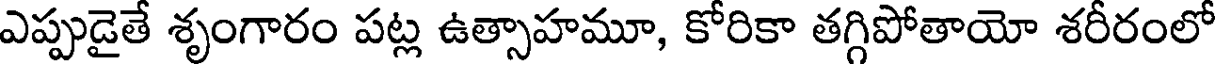
ఎప్పుడైతే శృంగారం పట్ల ఉత్సాహమూ, కోరికా తగ్గిపోతాయో శరీరంలో